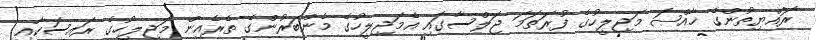
ރައްޔިތުންގެ ޚާއްޞަ މަޖިލީހުގެ ފުރަތަމަ ޖަލްސާގައި އެމަޖިލީހުގެ މެންބަރުންގެ ތެރެއިން މަޖިލީހުގެ ރައީސަކާއި